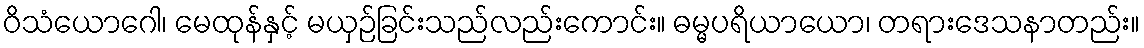
ဝိသံယောဂေါ၊ မေထုန်နှင့် မယှဉ်ခြင်းသည်လည်းကောင်း။ ဓမ္မပရိယာယော၊ တရားဒေသနာတည်း။